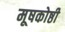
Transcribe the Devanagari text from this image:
मूषकोष्ठी